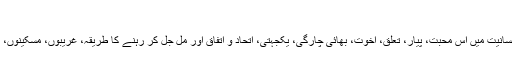
*مسرت و شاد مانی کا دن ہے عید سعید* :
ضرورت اس بات کی ہے کہ اس پیغام کو عام کیا جائے اور پوری انسانیت میں اس محبت، پیار، تعلق، اخوت، بھائی چارگی، یکجہتی، اتحاد و اتفاق اور مل جُل کر رہنے کا طریقہ، غریبوں، مسکینوں، ناداروں اور کمزور لوگوں کی مددو اعانت کے جذبہ کو اُبھارا جائے۔